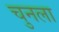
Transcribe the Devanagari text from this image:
चुनला